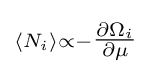
\scriptstyle \langle N_{i}\rangle \propto -{\tfrac {\partial \Omega _{i}}{\partial \mu }}